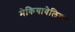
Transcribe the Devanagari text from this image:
मेकियावेलियन